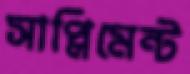
সাপ্লিমেন্ট